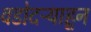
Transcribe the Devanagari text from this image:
वडोदऱ्याहून